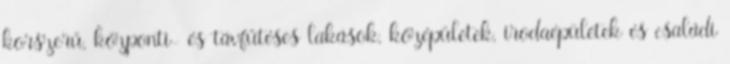
korszerű, központi- és távfűtéses lakások, középületek, irodaépületek és családi